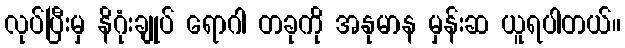
လုပ်ပြီးမှ နိဂုံးချုပ် ရောဂါ တခုကို အနုမာန မှန်းဆ ယူရပါတယ်။